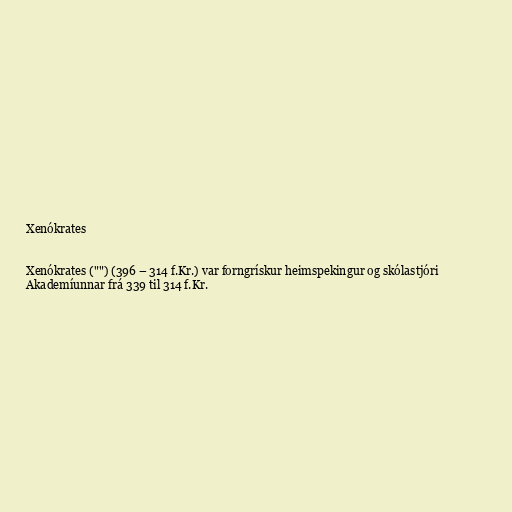
Xenókrates

Xenókrates ("") (396 – 314 f.Kr.) var forngrískur heimspekingur og skólastjóri
Akademíunnar frá 339 til 314 f.Kr.